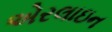
એરલાઇન